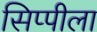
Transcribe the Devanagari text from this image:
सिप्पीला